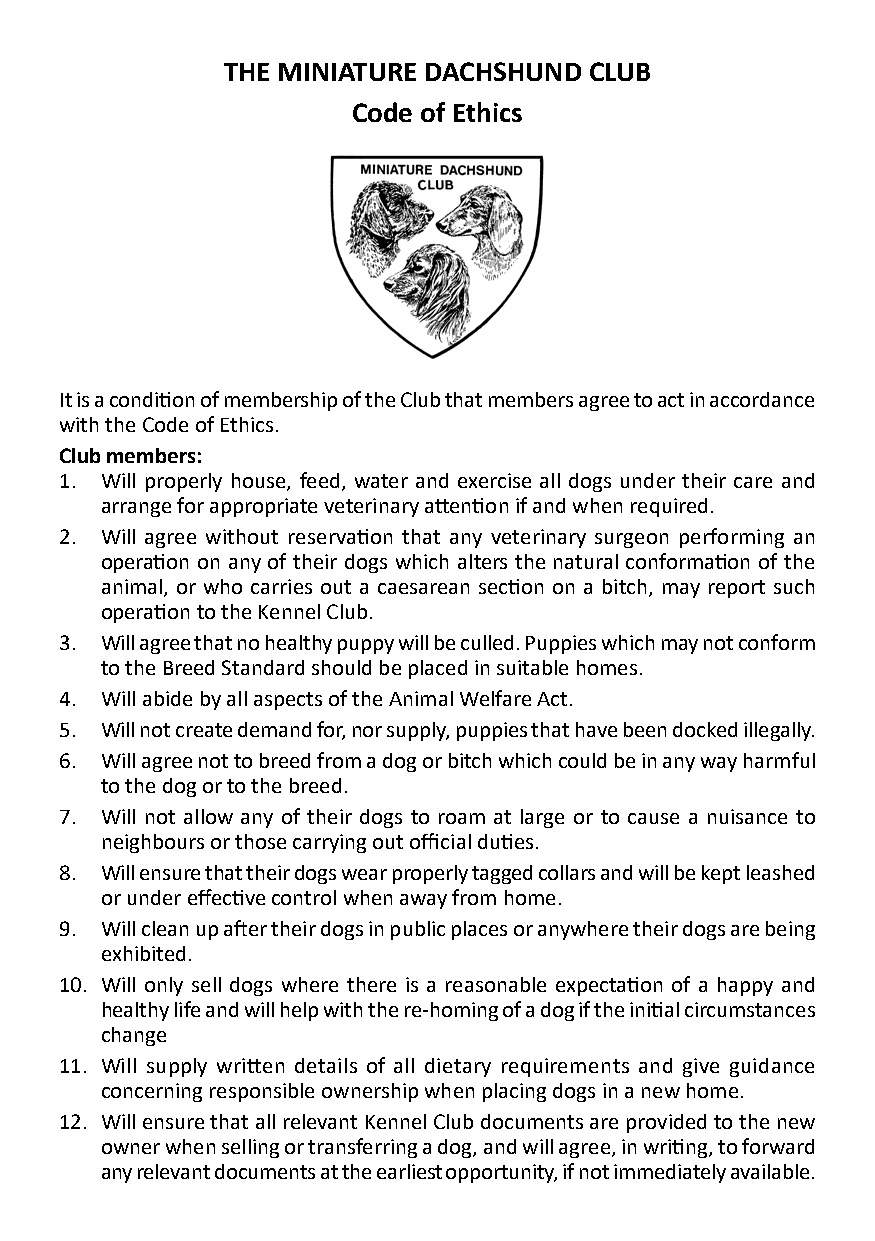
THE MINIATURE DACHSHUND CLUB
 Code of Ethics
 It is a condition of membership of the Club that members agree to act in accordance
 with the Code of Ethics.
 Club members:
 1. Will properly house, feed, water and exercise all dogs under their care and
 arrange for appropriate veterinary attention if and when required.
 2. Will agree without reservation that any veterinary surgeon performing an
 operation on any of their dogs which alters the natural conformation of the
 animal, or who carries out a caesarean section on a bitch, may report such
 operation to the Kennel Club.
 3. Will agree that no healthy puppy will be culled. Puppies which may not conform
 to the Breed Standard should be placed in suitable homes.
 4. Will abide by all aspects of the Animal Welfare Act.
 5. Will not create demand for, nor supply, puppies that have been docked illegally.
 6. Will agree not to breed from a dog or bitch which could be in any way harmful
 to the dog or to the breed.
 7. Will not allow any of their dogs to roam at large or to cause a nuisance to
 neighbours or those carrying out official duties.
 8. Will ensure that their dogs wear properly tagged collars and will be kept leashed
 or under effective control when away from home.
 9. Will clean up after their dogs in public places or anywhere their dogs are being
 exhibited.
 10. Will only sell dogs where there is a reasonable expectation of a happy and
 healthy life and will help with the re-homing of a dog if the initial circumstances
 change
 11. Will supply written details of all dietary requirements and give guidance
 concerning responsible ownership when placing dogs in a new home.
 12. Will ensure that all relevant Kennel Club documents are provided to the new
 owner when selling or transferring a dog, and will agree, in writing, to forward
 any relevant documents at the earliest opportunity, if not immediately available.